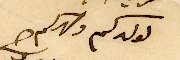
لولدكم وصهركم